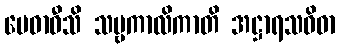
မေဓာဝီသိ သဗ္ဗကာလိကာတိ အဋ္ဌာရသဝိဓာ